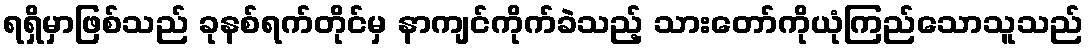
ရရှိမှာဖြစ်သည် ခုနစ်ရက်တိုင်မှ နာကျင်ကိုက်ခဲသည့် သားတော်ကိုယုံကြည်သောသူသည်